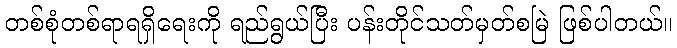
တစ်စုံတစ်ရာရရှိရေးကို ရည်ရွယ်ပြီး ပန်းတိုင်သတ်မှတ်စမြဲ ဖြစ်ပါတယ်။